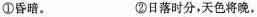
①昏暗。 ②日落时分，天色将晚。